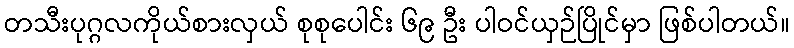
တသီးပုဂ္ဂလကိုယ်စားလှယ် စုစုပေါင်း ၆၉ ဦး ပါဝင်ယှဉ်ပြိုင်မှာ ဖြစ်ပါတယ်။